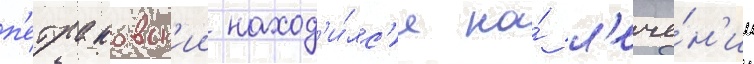
п'етраковск'ии наход'и́лс'я на́ л'ече́н'ии